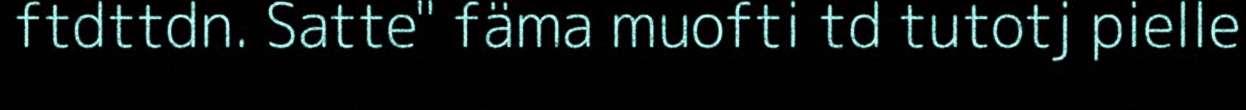
ftdttdn. Satte" fäma muofti td tutotj pielle